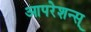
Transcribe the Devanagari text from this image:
आपरेशन्स्